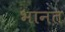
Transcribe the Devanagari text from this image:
भानंत